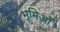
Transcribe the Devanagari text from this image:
भूमिओं